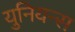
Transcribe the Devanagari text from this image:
युनियन्स